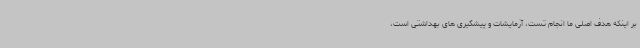
بر اینکه هدف اصلی ما انجام تست، آزمایشات و پیشگیری های بهداشتی است،